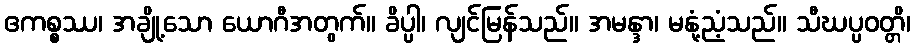
ဧကစ္စဿ၊ အချို့သော ယောဂီအတွက်။ ခိပ္ပါ၊ လျင်မြန်သည်။ အမန္ဒာ၊ မနုံ့ညံ့သည်။ သီဃပ္ပဝတ္တိ၊